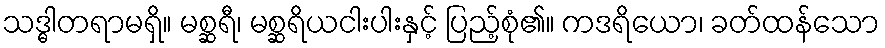
သဒ္ဓါတရာမရှိ။ မစ္ဆရီ၊ မစ္ဆရိယငါးပါးနှင့် ပြည့်စုံ၏။ ကဒရိယော၊ ခတ်ထန်သော